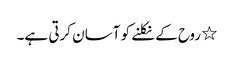
٭ روح کے نکلنے کو آسان کرتی ہے۔